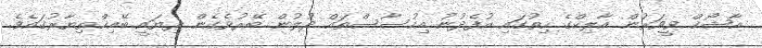
އާޝޯޚް ވީވަރުން އާލިކްގެ ހިތުގައި އުފެދުނު އިހުސާސްތައް ދުލުން ބޭރުވެގެން ދިޔައީ ބޭއިޚްތިޔާރުގައެވެ.